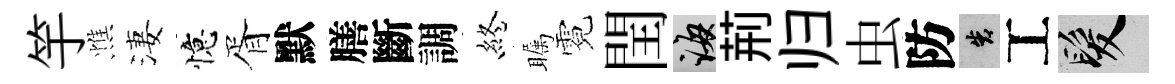
竽憔淒憶胥默膳斷調終瞩霓閏誨荊归虫防告工髮